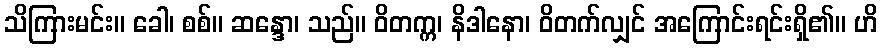
သိကြားမင်း။ ခေါ၊ စစ်။ ဆန္ဒော၊ သည်။ ဝိတက္က၊ နိဒါနော၊ ဝိတက်လျှင် အကြောင်းရင်းရှိ၏။ ဟိ